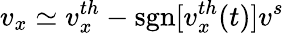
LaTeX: v_{x}\simeq v_{x}^{th}-\mathrm{sgn}[v_{x}^{th}(t)]v^{s}